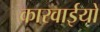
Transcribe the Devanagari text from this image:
कारवाईयों